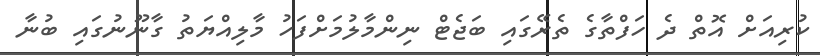
ކުރިއަށް އޮތް ދެ ހަފްތާގެ ތެރޭގައި ބަޖެޓް ނިންމާލުމަށްފަހު މާލިއްޔަތު ގާނޫނުގައި ބުނާ